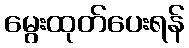
မွေးထုတ်ပေးရန်